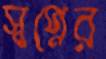
স্বপ্নের